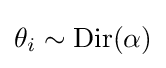
\theta _{i}\sim \operatorname {Dir} (\alpha )